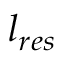
l _ { r e s }